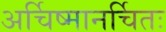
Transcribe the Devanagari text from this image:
अर्चिष्मानर्चितः